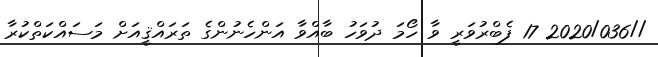
//2020/036 17 ފެބްރުވަރީ ވާ ހޯމަ ދުވަހު ބާއްވާ އަންހެނުންގެ ތަރައްޤީއަށް މަސައްކަތްކުރާ